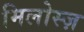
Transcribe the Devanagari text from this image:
मिलोस्ज़